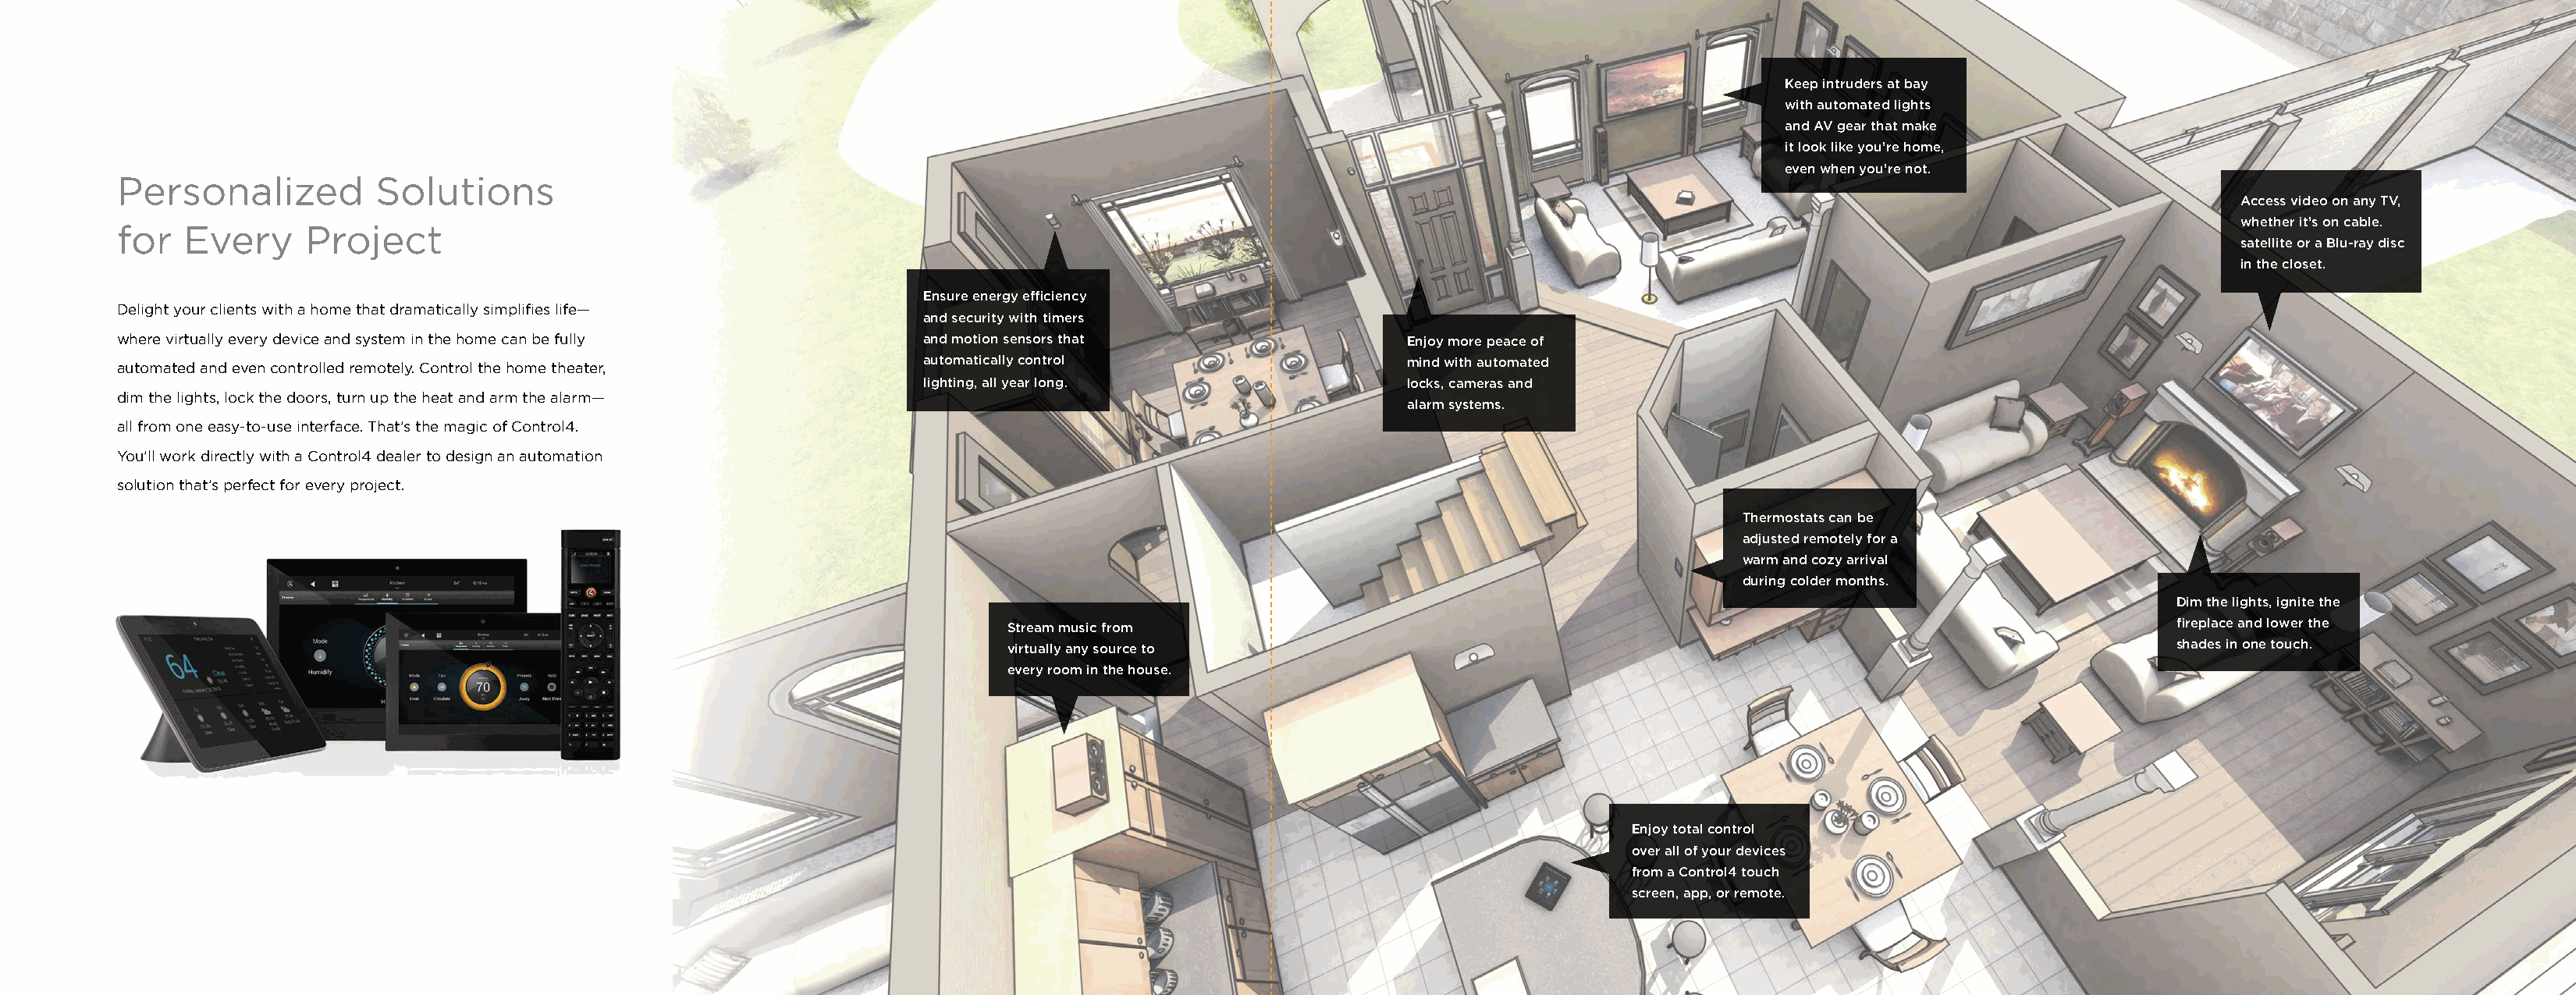
Keep intruders at bay
 with automated lights
 and AV gear that make
 it look like you’re home,
 even when you’re not.
 Personalized          Solutions
 Access video on any TV,
 whether it’s on cable.
 for   Every     Project
 satellite or a Blu-ray disc
 in the closet.
 Ensure energy efficiency
 Delight your clients with a home that dramatically simplifies life—
 and security with timers
 where virtually every device and system in the home can be fully    and motion sensors that                  Enjoy more peace of
 automatically control                    mind with automated
 automated and even controlled remotely. Control the home theater,
 lighting, all year long.                 locks, cameras and
 dim the lights, lock the doors, turn up the heat and arm the alarm—
 alarm systems.
 all from one easy-to-use interface. That’s the magic of Control4.
 You’ll work directly with a Control4 dealer to design an automation
 solution that’s perfect for every project.
 Thermostats can be
 adjusted remotely for a
 warm and cozy arrival
 during colder months.
 Dim the lights, ignite the
 Stream music from                                                                                   fireplace and lower the
 virtually any source to                                                                             shades in one touch.
 every room in the house.
 Enjoy total control
 over all of your devices
 from a Control4 touch
 screen, app, or remote.